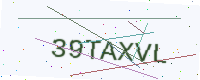
Text: 39TAXVL